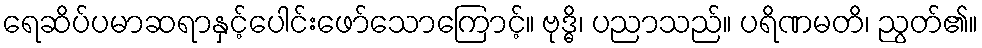
ရေဆိပ်ပမာဆရာနှင့်ပေါင်းဖော်သောကြောင့်။ ဗုဒ္ဓိ၊ ပညာသည်။ ပရိဏမတိ၊ ညွတ်၏။